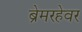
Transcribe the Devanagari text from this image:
ब्रेमरहेवर